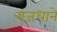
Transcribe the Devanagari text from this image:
राजधाने